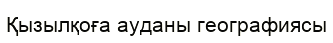
Қызылқоға ауданы географиясы